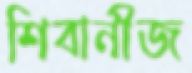
শিবানীজ